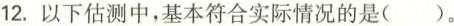
12.以下估测中，基本符合实际情况的是()。